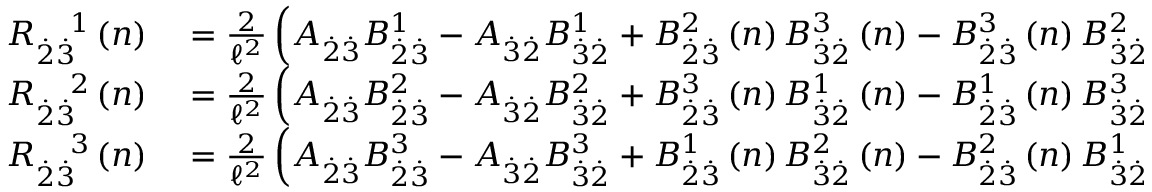
\begin{array} { r l } { R _ { \overset { . } { 2 } \overset { . } { 3 } } ^ { \quad 1 } \left( n \right) } & { { } = \frac { 2 } { \mathcal { \ell } ^ { 2 } } \left( A _ { \overset { . } { 2 } \overset { . } { 3 } } B _ { \overset { . } { 2 } \overset { . } { 3 } } ^ { 1 } - A _ { \overset { . } { 3 } \overset { . } { 2 } } B _ { \overset { . } { 3 } \overset { . } { 2 } } ^ { 1 } + B _ { \overset { . } { 2 } \overset { . } { 3 } } ^ { 2 } \left( n \right) B _ { \overset { . } { 3 } \overset { . } { 2 } } ^ { 3 } \left( n \right) - B _ { \overset { . } { 2 } \overset { . } { 3 } } ^ { 3 } \left( n \right) B _ { \overset { . } { 3 } \overset { . } { 2 } } ^ { 2 } \left( n \right) \right) } \\ { R _ { \overset { . } { 2 } \overset { . } { 3 } } ^ { \quad 2 } \left( n \right) } & { { } = \frac { 2 } { \mathcal { \ell } ^ { 2 } } \left( A _ { \overset { . } { 2 } \overset { . } { 3 } } B _ { \overset { . } { 2 } \overset { . } { 3 } } ^ { 2 } - A _ { \overset { . } { 3 } \overset { . } { 2 } } B _ { \overset { . } { 3 } \overset { . } { 2 } } ^ { 2 } + B _ { \overset { . } { 2 } \overset { . } { 3 } } ^ { 3 } \left( n \right) B _ { \overset { . } { 3 } \overset { . } { 2 } } ^ { 1 } \left( n \right) - B _ { \overset { . } { 2 } \overset { . } { 3 } } ^ { 1 } \left( n \right) B _ { \overset { . } { 3 } \overset { . } { 2 } } ^ { 3 } \left( n \right) \right) } \\ { R _ { \overset { . } { 2 } \overset { . } { 3 } } ^ { \quad 3 } \left( n \right) } & { { } = \frac { 2 } { \mathcal { \ell } ^ { 2 } } \left( A _ { \overset { . } { 2 } \overset { . } { 3 } } B _ { \overset { . } { 2 } \overset { . } { 3 } } ^ { 3 } - A _ { \overset { . } { 3 } \overset { . } { 2 } } B _ { \overset { . } { 3 } \overset { . } { 2 } } ^ { 3 } + B _ { \overset { . } { 2 } \overset { . } { 3 } } ^ { 1 } \left( n \right) B _ { \overset { . } { 3 } \overset { . } { 2 } } ^ { 2 } \left( n \right) - B _ { \overset { . } { 2 } \overset { . } { 3 } } ^ { 2 } \left( n \right) B _ { \overset { . } { 3 } \overset { . } { 2 } } ^ { 1 } \left( n \right) \right) } \end{array}